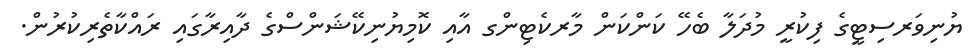
ޔުނިވަރސިޓީގެ ފިކުރީ މުދަލާ ބެހޭ ކަންކަން މާރކެޓިންގ އާއި ކޮމިޔުނިކޭޝަންސްގެ ދާއިރާގައި ރައްކާތެރިކުރުން.